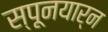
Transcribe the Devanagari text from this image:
स्पूनयार्न